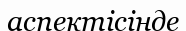
аспектісінде